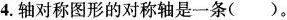
4.轴对称图形的对称轴是一条()。